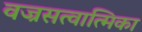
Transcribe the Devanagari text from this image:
वज्रसत्वात्मिका